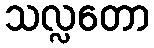
သလ္လတော